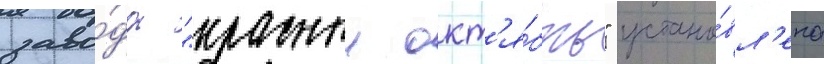
заво́да "красныи окт'я́брь" устано́вл'ена